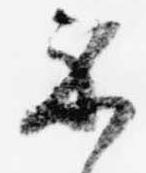
示